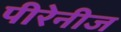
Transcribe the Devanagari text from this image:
पीरेनीज